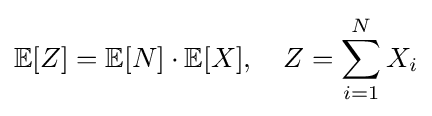
\mathbb {E} [Z]=\mathbb {E} [N]\cdot \mathbb {E} [X],\quad Z=\sum _{i=1}^{N}X_{i}